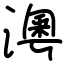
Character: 澚